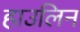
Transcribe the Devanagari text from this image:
हाउलिन